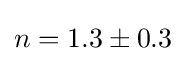
n=1.3\pm 0.3